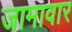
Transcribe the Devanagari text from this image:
जामावार